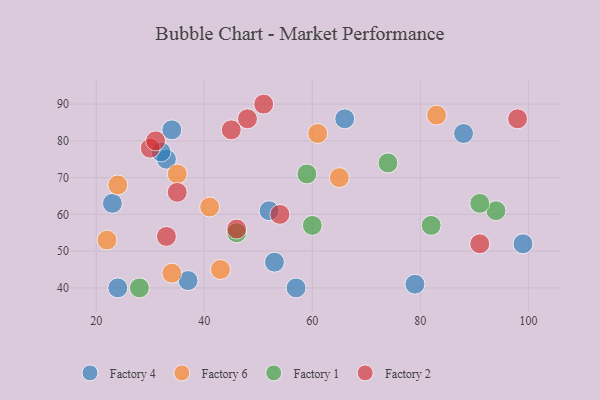
{"axis": {"x": "GDP", "y": "Life Expectancy"}, "legend": ["Factory 1", "Factory 2", "Factory 4", "Factory 6"], "data": [{"x": "33", "y": 75, "type": "Factory 4"}, {"x": "57", "y": 40, "type": "Factory 4"}, {"x": "88", "y": 82, "type": "Factory 4"}, {"x": "79", "y": 41, "type": "Factory 4"}, {"x": "52", "y": 61, "type": "Factory 4"}, {"x": "53", "y": 47, "type": "Factory 4"}, {"x": "37", "y": 42, "type": "Factory 4"}, {"x": "66", "y": 86, "type": "Factory 4"}, {"x": "23", "y": 63, "type": "Factory 4"}, {"x": "32", "y": 77, "type": "Factory 4"}, {"x": "34", "y": 83, "type": "Factory 4"}, {"x": "99", "y": 52, "type": "Factory 4"}, {"x": "24", "y": 40, "type": "Factory 4"}, {"x": "61", "y": 82, "type": "Factory 6"}, {"x": "83", "y": 87, "type": "Factory 6"}, {"x": "43", "y": 45, "type": "Factory 6"}, {"x": "22", "y": 53, "type": "Factory 6"}, {"x": "65", "y": 70, "type": "Factory 6"}, {"x": "35", "y": 71, "type": "Factory 6"}, {"x": "34", "y": 44, "type": "Factory 6"}, {"x": "41", "y": 62, "type": "Factory 6"}, {"x": "24", "y": 68, "type": "Factory 6"}, {"x": "94", "y": 61, "type": "Factory 1"}, {"x": "91", "y": 63, "type": "Factory 1"}, {"x": "60", "y": 57, "type": "Factory 1"}, {"x": "28", "y": 40, "type": "Factory 1"}, {"x": "82", "y": 57, "type": "Factory 1"}, {"x": "59", "y": 71, "type": "Factory 1"}, {"x": "46", "y": 55, "type": "Factory 1"}, {"x": "74", "y": 74, "type": "Factory 1"}, {"x": "30", "y": 78, "type": "Factory 2"}, {"x": "54", "y": 60, "type": "Factory 2"}, {"x": "31", "y": 80, "type": "Factory 2"}, {"x": "46", "y": 56, "type": "Factory 2"}, {"x": "51", "y": 90, "type": "Factory 2"}, {"x": "48", "y": 86, "type": "Factory 2"}, {"x": "98", "y": 86, "type": "Factory 2"}, {"x": "45", "y": 83, "type": "Factory 2"}, {"x": "33", "y": 54, "type": "Factory 2"}, {"x": "35", "y": 66, "type": "Factory 2"}, {"x": "91", "y": 52, "type": "Factory 2"}]}